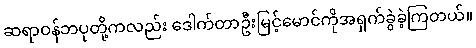
ဆရာဝန်ဘပုတို့ကလည်း ဒေါက်တာဦးမြင့်မောင်ကိုအရှက်ခွဲခဲ့ကြတယ်။